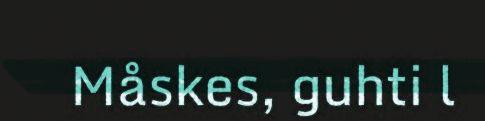
Måskes, guhti l